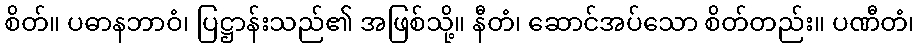
စိတ်။ ပဓာနဘာဝံ၊ ပြဋ္ဌာန်းသည်၏ အဖြစ်သို့။ နီတံ၊ ဆောင်အပ်သော စိတ်တည်း။ ပဏီတံ၊